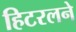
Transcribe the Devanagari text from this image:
हिटरलने